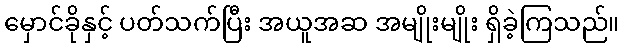
မှောင်ခိုနှင့် ပတ်သက်ပြီး အယူအဆ အမျိုးမျိုး ရှိခဲ့ကြသည်။